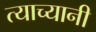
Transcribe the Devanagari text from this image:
त्याच्यानी